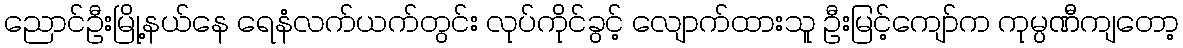
ညောင်ဦးမြို့နယ်နေ ရေနံလက်ယက်တွင်း လုပ်ကိုင်ခွင့် လျောက်ထားသူ ဦးမြင့်ကျော်က ကုမ္ပဏီကျတော့